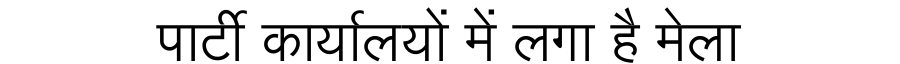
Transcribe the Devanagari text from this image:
पार्टी कार्यालयों में लगा है मेला